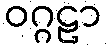
ဝဂ္ဂဠာ